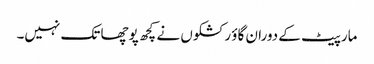
مارپیٹ کے دوران گاؤ رکشکوں نے کچھ پوچھا تک نہیں۔